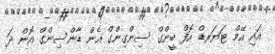
އައި އޭމް ޓަޔަރޑް އޮފް ބީންގް ސިންގިންގް އެން ޑާންސިންގް އޮން ދަ